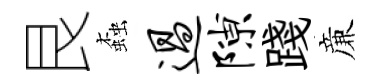
艮螙过隙踐亷